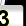
Digit: 3